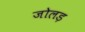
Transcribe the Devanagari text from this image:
जोलड़